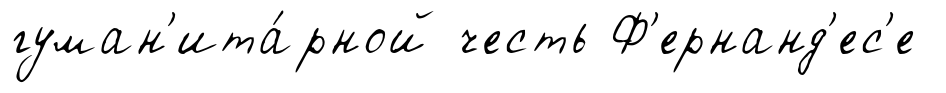
гуман'ита́рной честь Ф'ернанд'ес'е